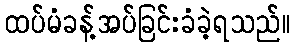
ထပ်မံခန့်အပ်ခြင်းခံခဲ့ရသည်။